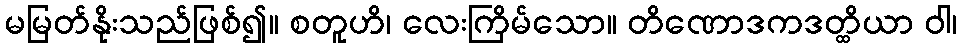
မမြတ်နိုးသည်ဖြစ်၍။ စတူဟိ၊ လေးကြိမ်သော။ တိဏောဒကဒတ္ထိယာ ဝါ၊